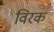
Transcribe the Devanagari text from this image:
विरक